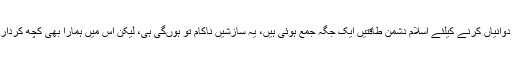
یہ ریشہ دوانیاں کرنے کیلئے اسلام دشمن طاقتیں ایک جگہ جمع ہوئی ہیں، یہ سازشیں ناکام تو ہوںگی ہی، لیکن اس میں ہمارا بھی کچھ کردار بنتا ہے۔